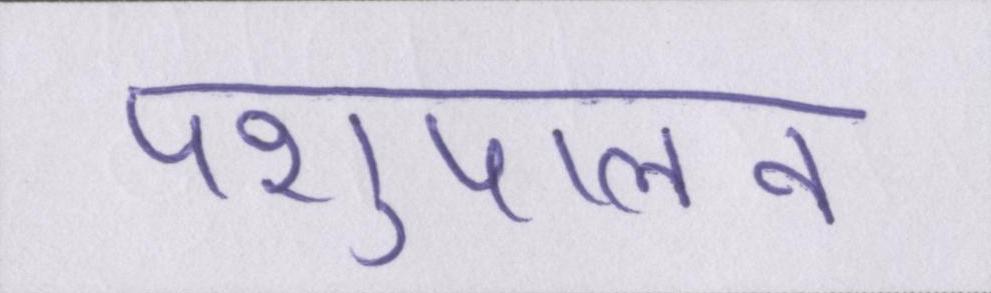
पशुपालन